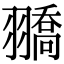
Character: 𦒓